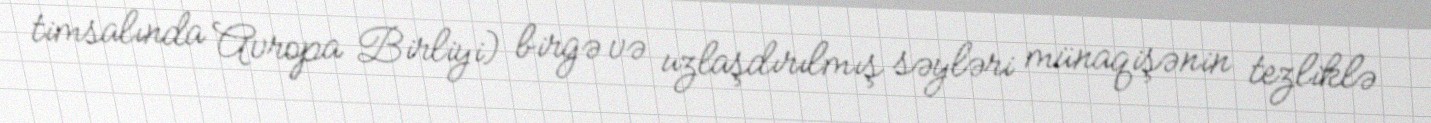
timsalında Avropa Birliyi) birgə və uzlaşdırılmış səyləri münaqişənin tezliklə